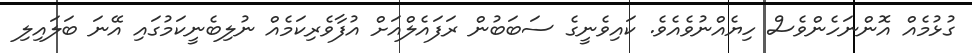
ގުޅުމެއް އޮންނަހެންވެސް ހިޔެއްނުވެއެވެ. ކައިވެނީގެ ސަބަބުން ރަފައެލްއަށް އުފާވެރިކަމެއް ނުލިބެނީކަމުގައި އޭނަ ބަލައިލި